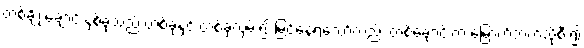
တစ်ချို့ ချောင်းနှစ်ခုသည် တစ်ခုနှင့် တစ်ခုလှမ်း၍ မြင်နေရသော်လည်း တစ်ချောင်းက မြောက်ဘက်သို့စီး၍